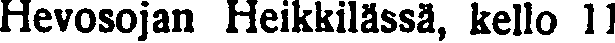
Hevosojan Heikkilässä, kello 11